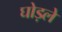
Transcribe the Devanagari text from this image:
घोड़ले